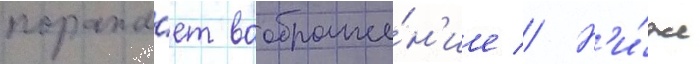
поража́ет воображе́н'ие // Н'и́же